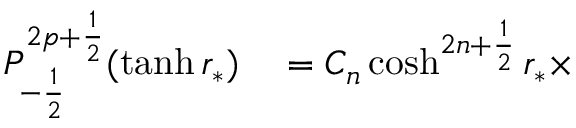
\begin{array} { r l } { P _ { - \frac { 1 } { 2 } } ^ { 2 p + \frac { 1 } { 2 } } ( \operatorname { t a n h } r _ { * } ) } & { { } = C _ { n } \cosh ^ { 2 n + \frac { 1 } { 2 } } r _ { * } \times } \end{array}